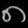
Digit: ၈